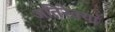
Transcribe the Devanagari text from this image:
अतिरेक्यां